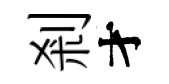
剎才